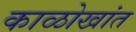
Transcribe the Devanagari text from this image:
काळोखांत